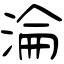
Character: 淪